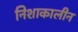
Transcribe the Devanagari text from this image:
निशाकालीन